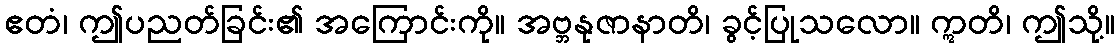
ဧတံ၊ ဤပညတ်ခြင်း၏ အကြောင်းကို။ အဗ္ဘနုဇာနာတိ၊ ခွင့်ပြုသလော။ ဣတိ၊ ဤသို့။